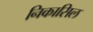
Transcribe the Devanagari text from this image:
निकासिल